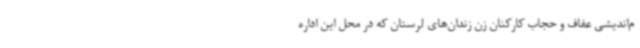
م‌اندیشی عفاف و حجاب کارکنان زن زندان‌های لرستان که در محل این اداره